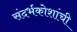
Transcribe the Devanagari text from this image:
संदर्भकोशांची